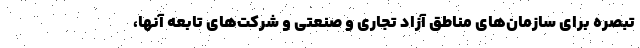
تبصره برای سازمان‌های مناطق آزاد تجاری و صنعتی و شرکت‌های تابعه آنها،